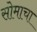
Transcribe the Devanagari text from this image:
सोमाचा